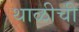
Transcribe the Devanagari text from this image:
थाळीची